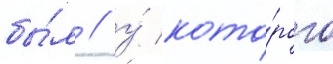
бы́л / у́ кото́рого